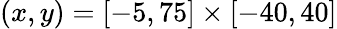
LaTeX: (x,y)=[-5,75]\times[-40,40]